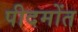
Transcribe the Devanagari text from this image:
पीदमोंत